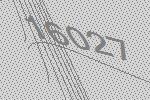
16027